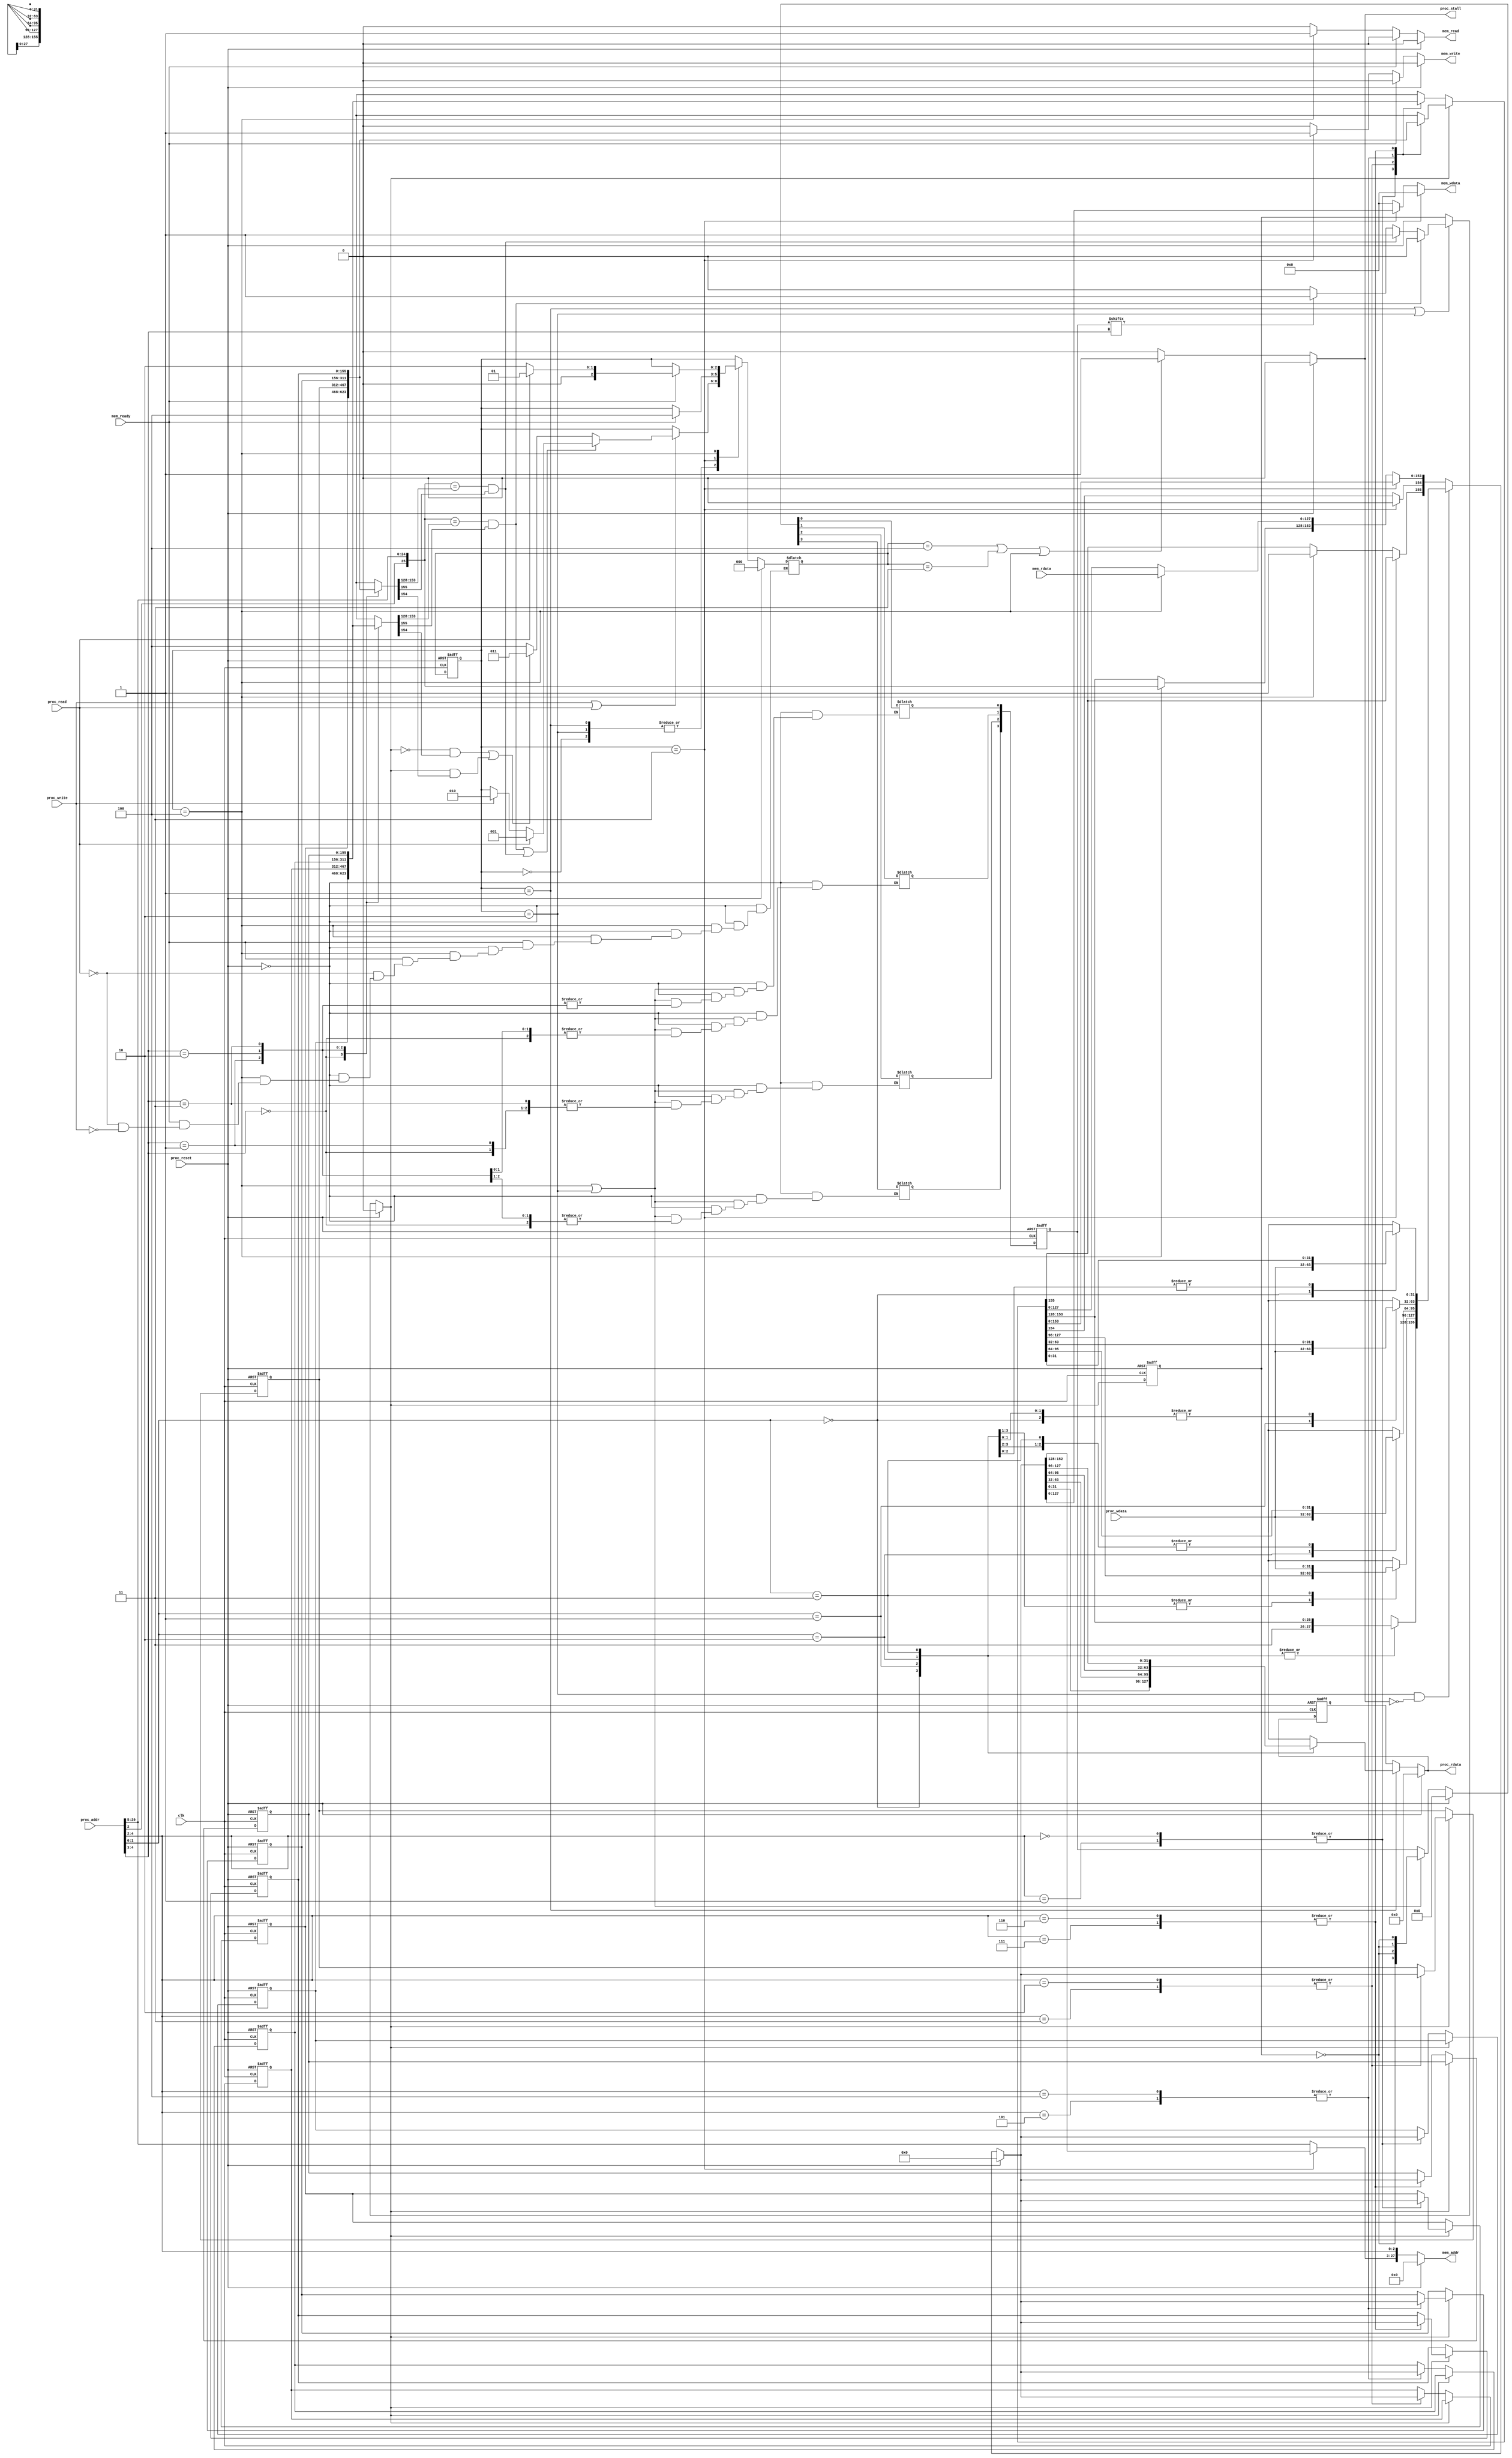
module cache(
    clk,
    proc_reset,
    proc_read,
    proc_write,
    proc_addr,
    proc_wdata,
    proc_stall,
    proc_rdata,
    mem_read,
    mem_write,
    mem_addr,
    mem_rdata,
    mem_wdata,
    mem_ready
);
    
//==== input/output definition ============================
    input          clk;
    // processor interface
    input          proc_reset;
    input          proc_read, proc_write;
    input   [29:0] proc_addr;
    input   [31:0] proc_wdata;
    output         proc_stall;
    output  [31:0] proc_rdata;
    // memory interface
    input  [127:0] mem_rdata;
    input          mem_ready;
    output         mem_read, mem_write;
    output  [27:0] mem_addr;
    output [127:0] mem_wdata;
    
//==== wire/reg definition ================================
	
	//output reg
	reg reg_proc_stall;
	reg [31:0] reg_proc_rdata, cur_proc_rdata;
	reg reg_mem_read, reg_mem_write;
    reg [127:0] reg_mem_wdata;
	reg [27:0] reg_mem_addr;
	//others
	wire [1:0] offset;
	wire [25:0] tag; //index's LSB + tag
	wire [2:0] index; //need for write to mem's mem_addr
	reg way, next_way; //2 way: 0 and 1
	wire [1:0] set; //4 sets, set = index[2:1]
	wire valid_0, valid_1;
	wire dirty_0, dirty_1;
	
	reg [3:0] LRUbit, next_LRUbit;
	//LRUbit[0] = 1, when set0's way1 is older than way0.
	//LRUbit[1] = 0, when set1's way0 is older than way1.
	
	wire TAG_SAME_0, TAG_SAME_1;

	reg [2:0] state, next_state;

	//8 blocks (2 way) 4 words + tag + valid + dirty (128+26+1+1)
	//4 sets, every set 2*(4words + tag + valid + dirty) + LRUbit
	reg [155:0] cache_way0 [0:3]; // index 0,1 in set 0
	reg [155:0] cache_way1 [0:3];
	reg [155:0] cache_block; //represent the block which is using	
	
parameter S_IDLE = 0,
		  S_READ = 1,
		  S_WRITE = 2,
		  S_WRITE_TO_MEM = 3,
		  S_READ_FROM_MEM = 4;
	
//=========================================================
assign proc_stall = reg_proc_stall;
assign mem_read = reg_mem_read;
assign mem_write = reg_mem_write;
assign mem_wdata = reg_mem_wdata;
assign proc_rdata = reg_proc_rdata;
assign mem_addr = reg_mem_addr;


assign offset = proc_addr[1:0];
assign index = proc_addr[4:2]; //use for write to mem's mem_addr
assign set = proc_addr[4:3];
assign tag = {proc_addr[2], proc_addr[29:5]};

assign dirty_0 = cache_way0[set][154];
assign dirty_1 = cache_way1[set][154];

assign valid_0 = cache_way0[set][155];
assign valid_1 = cache_way1[set][155];

assign TAG_SAME_0 = (tag == cache_way0[set][153:128]);
assign TAG_SAME_1 = (tag == cache_way1[set][153:128]);


//==== combinational circuit ==============================
always@(*) begin
	if(proc_reset) begin
		reg_proc_rdata = 0;
	end else if(state == S_READ) begin
		case(offset)
			0: reg_proc_rdata = cache_block[31:0];
			1: reg_proc_rdata = cache_block[63:32];
			2: reg_proc_rdata = cache_block[95:64];
			3: reg_proc_rdata = cache_block[127:96];
			default: reg_proc_rdata = cur_proc_rdata;
		endcase
	end else begin
		reg_proc_rdata = cur_proc_rdata; //????????
	end
end

always@(*) begin
	if(proc_reset) begin
		reg_mem_addr = 0;
	end else if(state == S_WRITE_TO_MEM) begin
		reg_mem_addr[27:3] = cache_block[152:128]; //mem_addr use cache's tag
		reg_mem_addr[2:0] = index;
	end else begin
		reg_mem_addr = proc_addr[29:2];
	end
end

always@(*) begin
	if(proc_reset) begin
		reg_proc_stall = 0;
	end else if((next_state == S_READ_FROM_MEM) || (next_state == S_WRITE_TO_MEM) || (state == S_READ_FROM_MEM)) begin
		reg_proc_stall = 1;
	end else begin
		reg_proc_stall = 0;
	end
end

always@(*) begin
	if(proc_reset) begin
		reg_mem_read = 0;
	end else if(mem_ready) begin
		reg_mem_read = 0;
	end else if(state == S_READ_FROM_MEM) begin
		reg_mem_read = 1;
	end else begin
		reg_mem_read = 0;
	end
end

always@(*) begin
	if(proc_reset) begin
		reg_mem_write = 0;
	end else if(mem_ready) begin
		reg_mem_write = 0;
	end else if(state == S_WRITE_TO_MEM) begin
		reg_mem_write = 1;
	end else begin
		reg_mem_write = 0;
	end
end

always@(*) begin
	if(proc_reset) begin
		reg_mem_wdata = 0;
	end else if(state == S_WRITE_TO_MEM) begin //XXX S_WRITE
		reg_mem_wdata = cache_block[127:0];
	end else begin
		reg_mem_wdata = 0; // = current data ???
	end
end

always@(*) begin
	if(proc_reset) begin
		next_way = 0;
	end else if((state == S_READ) || (state == S_WRITE)) begin
		if     (TAG_SAME_0 && valid_0) next_way = 0; // hit way 0 
		else if(TAG_SAME_1 && valid_1) next_way = 1; // hit way 1
		else if(LRUbit[set])		   next_way = 1; // miss, change way 1
		else 						   next_way = 0; // LRUbit = 0, miss, change way 0
	end else begin
		next_way = way;
	end
end

always@(*) begin
	if(proc_reset) begin
		next_LRUbit = 4'b0;
	end else if((state == S_READ_FROM_MEM) || (state == S_WRITE)) begin
		case(set)
			0: next_LRUbit[0] = ~way;
			1: next_LRUbit[1] = ~way;
			2: next_LRUbit[2] = ~way;
			3: next_LRUbit[3] = ~way;
			default: next_LRUbit = LRUbit;
		endcase
	end else begin
		next_LRUbit = LRUbit;
	end
end

always@(*) begin //valid, dirty
	//cache_block = cache[index];
		if(next_way) begin //way = 1
			case(index)
				0,1: cache_block = cache_way1[0];
				2,3: cache_block = cache_way1[1];
				4,5: cache_block = cache_way1[2];
				6,7: cache_block = cache_way1[3];
				default: cache_block = cache_way1[set]; //?????
			endcase
		end else begin //way = 0
			case(index)
				0,1: cache_block = cache_way0[0];
				2,3: cache_block = cache_way0[1];
				4,5: cache_block = cache_way0[2];
				6,7: cache_block = cache_way0[3];
				default: cache_block = cache_way0[set]; //?????
			endcase
		end
	//
	if(proc_reset) begin
		cache_block = 0;
	end else if((state == S_WRITE) && (~proc_stall)) begin
		cache_block[155] = 1;
		cache_block[154] = 1;
		case(offset)
			0: cache_block[31:0] = proc_wdata;
			1: cache_block[63:32] = proc_wdata;
			2: cache_block[95:64] = proc_wdata;
			3: cache_block[127:96] = proc_wdata;
			default: cache_block = 0; //???
		endcase
	end else if(state == S_WRITE_TO_MEM) begin
		cache_block[154] = 0;
	end else if(state == S_READ_FROM_MEM) begin
		cache_block[155] = 1;
		cache_block[153:128] = tag;
		cache_block[127:0] = mem_rdata; //valid = 1
	end else begin
		if(next_way) begin //way = 1
			case(index)
				0,1: cache_block = cache_way1[0];
				2,3: cache_block = cache_way1[1];
				4,5: cache_block = cache_way1[2];
				6,7: cache_block = cache_way1[3];
				default: cache_block = cache_way1[set]; //?????
			endcase
		end else begin //way = 0
			case(index)
				0,1: cache_block = cache_way0[0];
				2,3: cache_block = cache_way0[1];
				4,5: cache_block = cache_way0[2];
				6,7: cache_block = cache_way0[3];
				default: cache_block = cache_way0[set]; //?????
			endcase
		end
	end
end


/************************
TODO:
1.everything needs 2 portions.
2.add LRU bit, not yet decide how to do this part.
3.take care new reg/wire: LRUbit, way...
4."way" is not finish!!! 
*************************/


always@(*) begin
	if(proc_reset) begin
		next_state = S_IDLE;
	end else begin
		case(state)
			S_IDLE, S_READ, S_WRITE: begin
				if(proc_write || proc_read) begin
					if((TAG_SAME_0 && valid_0) || (TAG_SAME_1 && valid_1)) begin //hit
						if(proc_read) next_state = S_READ;
						else if(proc_write) next_state = S_WRITE;
						else next_state = state;
					end else begin
						if(((next_way == 0) && dirty_0) || (next_way) && dirty_1) next_state = S_WRITE_TO_MEM;
						else next_state = S_READ_FROM_MEM;
					end
				end else begin
					next_state = state;
				end
			end
			S_WRITE_TO_MEM: begin
				if(mem_ready) next_state = S_READ_FROM_MEM;
				else next_state = state;
			end
			S_READ_FROM_MEM: begin
				if(mem_ready) begin
					if(proc_read) next_state = S_READ;
					else if(proc_write) next_state = S_WRITE;
				end else next_state = state;
			end
			default: next_state = state;
		endcase
	end
end
		
//==== sequential circuit =================================
always@( posedge clk or posedge proc_reset ) begin
    if( proc_reset ) begin
		LRUbit <= 0;
		way <= 0;
		state <= S_IDLE;
		cur_proc_rdata <= 0;
		cache_way0[0] <= 0;
		cache_way0[1] <= 0;
		cache_way0[2] <= 0;
		cache_way0[3] <= 0;
		cache_way1[0] <= 0;
		cache_way1[1] <= 0;
		cache_way1[2] <= 0;
		cache_way1[3] <= 0;
    end
    else begin
		LRUbit <= next_LRUbit;
		way <= next_way;
		state <= next_state;
		cur_proc_rdata <= reg_proc_rdata;
		if(next_way) begin //way = 1
			case(index)
				0,1: cache_way1[0] <= cache_block;
				2,3: cache_way1[1] <= cache_block;
				4,5: cache_way1[2] <= cache_block;
				6,7: cache_way1[3] <= cache_block;
				default: cache_way1[0] <= 0; //?????
			endcase
		end else begin //way = 0
			case(index)
				0,1: cache_way0[0] <= cache_block;
				2,3: cache_way0[1] <= cache_block;
				4,5: cache_way0[2] <= cache_block;
				6,7: cache_way0[3] <= cache_block;
				default: cache_way0[0] <= 0; //?????
			endcase
		end
    end
end

endmodule